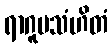
ရာဂူပသံဟိတံ